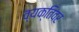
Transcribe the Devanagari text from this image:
व्यक्तिवर